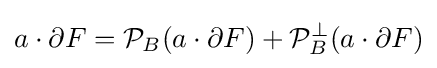
a\cdot \partial F={\mathcal {P}}_{B}(a\cdot \partial F)+{\mathcal {P}}_{B}^{\perp }(a\cdot \partial F)